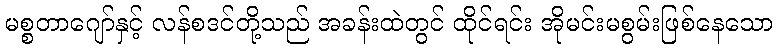
မစ္စတာဂျော်နှင့် လန်စဒင်တို့သည် အခန်းထဲတွင် ထိုင်ရင်း အိုမင်းမစွမ်းဖြစ်နေသော